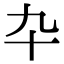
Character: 卆